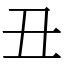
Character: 丑